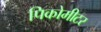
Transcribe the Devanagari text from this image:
पिकोमीटर